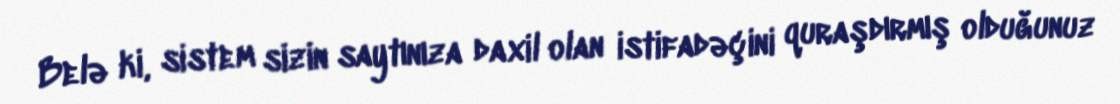
Belə ki, sistem sizin saytınıza daxil olan istifadəçini quraşdırmış olduğunuz